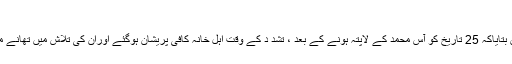
مقتول آس محمد کی فائل فوٹو
آس محمد کے اہل خانہ نے ہمیں بات چیت کے دوران بتایاکہ 25 تاریخ کو آس محمد کے لاپتہ ہونے کے بعد ، تشد د کے وقت اہل خانہ کافی پریشان ہوگئے اوران کی تلاش میں تھانے میں آن لائن شکایت کرنے کی کوشش کر رہے تھے ۔